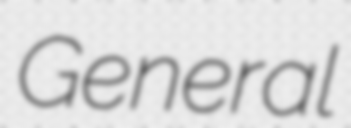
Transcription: General